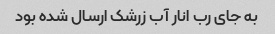
به جای رب انار آب زرشک ارسال شده بود